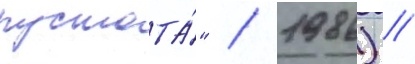
пустота́" / 1986) /